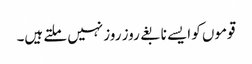
قوموں کو ایسے نابغے روز روز نہیں ملتے ہیں۔